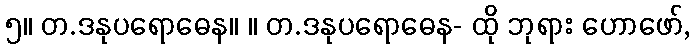
၅။ တ.ဒနုပရောဓေန။ ။ တ.ဒနုပရောဓေန- ထို ဘုရား ဟောဖော်,